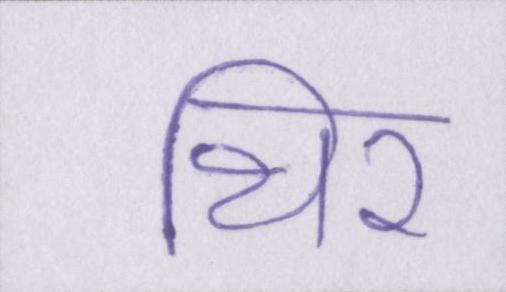
थिर